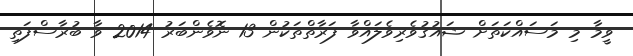
ވީމާ މި މަސައްކަތަށް ޝައުޤުވެރިވެލައްވާ ފަރާތްތަކުން 13 ނޮވެންބަރު 2014 ވާ ބުރާސްފަތި